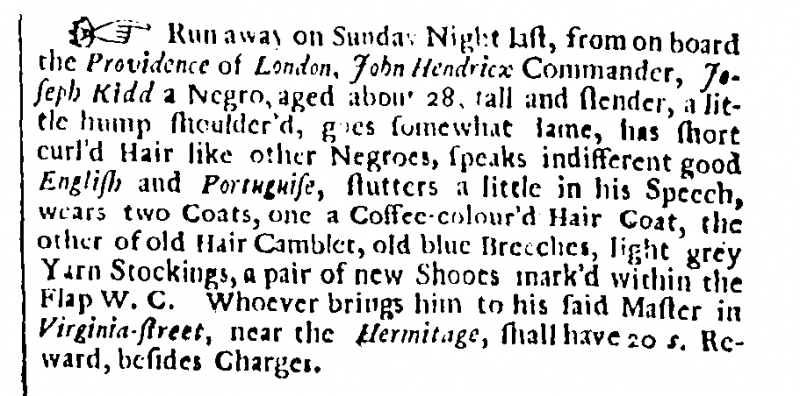
Flying Post or The Post Master, 4 January 1700 (England)
Run away on Sunday Night last, from on board the Providence of London, John Hendricx Commander, Joseph Kidd a Negro, aged about 28, tall and slender, a little hump shoulder’d, goes somewhat lame, has short curl’d Hair like other Negroes, speaks indifferent good English and Portuguise, stutters a little in his Speech, wears two Coats, one a Coffee-colour’d Hair Coat, the other of old Hair Camblet, old blue Breeches, light grey Yarn Stockings, a pair of new Shooes mark’d within the Flap W.C. Whoever brings him to his said Master in Virginia-street, near the Hermitage, shall have 20 s. Reward, besides Charges.